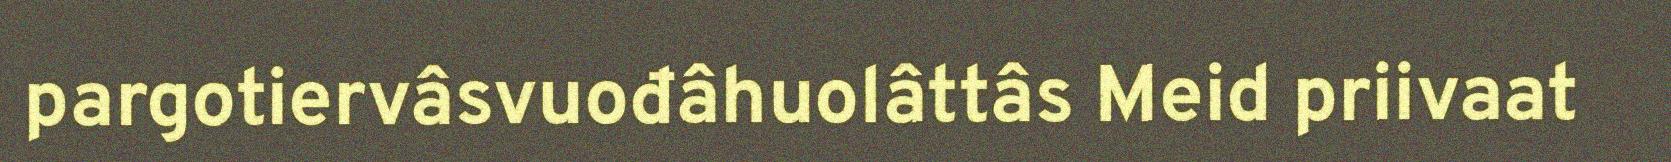
pargotiervâsvuođâhuolâttâs Meid priivaat